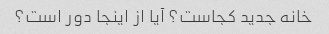
خانه جدید کجاست؟ آیا از اینجا دور است؟